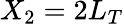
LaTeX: X_{2}=2L_{T}